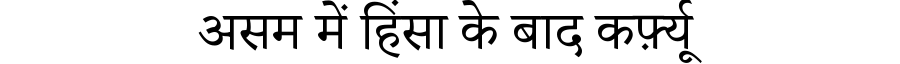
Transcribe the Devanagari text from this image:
असम में हिंसा के बाद कर्फ़्यू